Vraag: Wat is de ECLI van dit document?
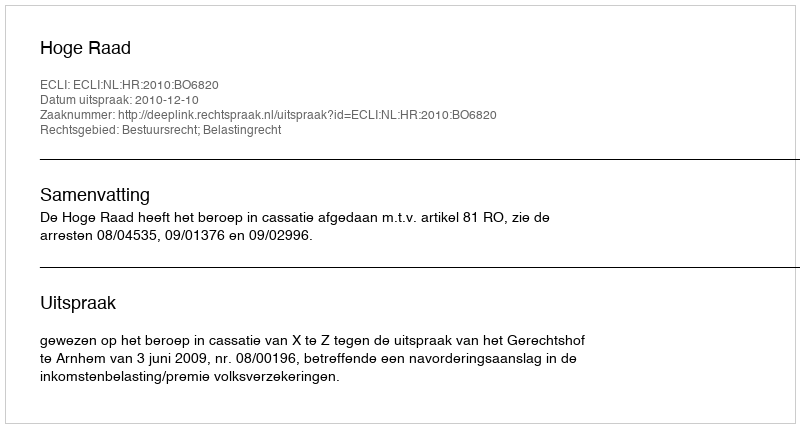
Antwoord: ECLI:NL:HR:2010:BO6820